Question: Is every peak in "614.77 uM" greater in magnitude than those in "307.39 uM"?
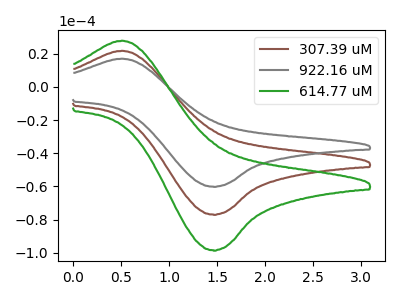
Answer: <think>The brown curve "307.39 uM" has an anodic peak at (0.50V, 21.75uA) and a cathodic peak at (1.45V, -76.90uA). The gray curve "922.16 uM" has an anodic peak at (0.50V, 43.55uA) and a cathodic peak at (1.45V, -153.85uA). The green curve "614.77 uM" has an anodic peak at (0.50V, 27.85uA) and a cathodic peak at (1.45V, -98.45uA).</think>
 <answer>Every peak in "614.77 uM" is higher than every peak in "307.39 uM".</answer>
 <eval>higher</eval>